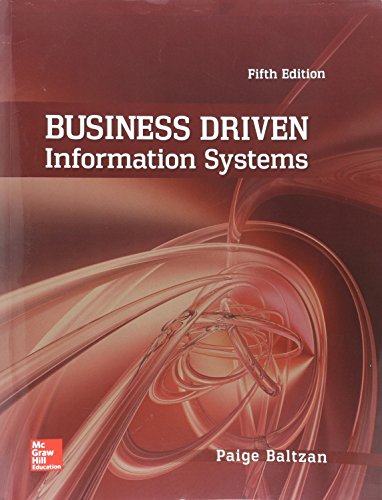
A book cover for Business Driven Information Systems; Paige Baltzan; Computers & Technology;